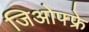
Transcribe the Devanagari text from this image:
जिओफ्फ्रे